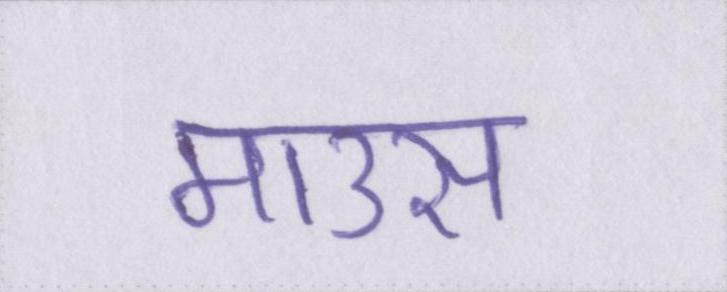
माउस